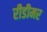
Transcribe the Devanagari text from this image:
रीडीमर